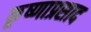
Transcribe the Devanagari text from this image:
कृ्ष्णाप्रसाद